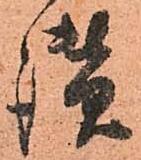
讃